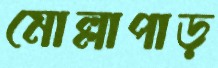
মোল্লাপাড়